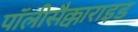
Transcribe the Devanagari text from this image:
पॉलीसैक्काराइड